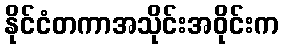
နိုင်ငံတကာအသိုင်းအဝိုင်းက